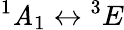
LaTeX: {}^{1}\mathit{A}_{1}\leftrightarrow{}^{3}E